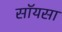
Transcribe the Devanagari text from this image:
सॉयसा